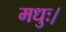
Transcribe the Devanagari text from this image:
मधुः।